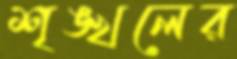
শৃঙ্খলের